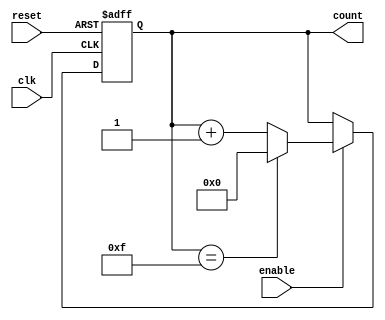
module async_counter #(
    parameter N = 4,                   // Number of bits for the counter
    parameter MAX_COUNT = (1 << N) - 1 // Maximum count value (2^N - 1)
)(
    input wire clk,                    // Clock input
    input wire reset,                  // Asynchronous reset input
    input wire enable,                 // Enable counting input
    output reg [N-1:0] count          // Current count value
);

    always @(posedge clk or posedge reset) begin
        if (reset) begin
            count <= 0; // Asynchronously reset the count to 0
        end else if (enable) begin
            if (count == MAX_COUNT) begin
                count <= 0; // Roll over to 0 when maximum count is reached
            end else begin
                count <= count + 1; // Increment the count
            end
        end
    end

endmodule